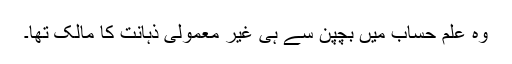
وہ علمِ حساب میں بچپن سے ہی غیر معمولی ذہانت کا مالک تھا۔